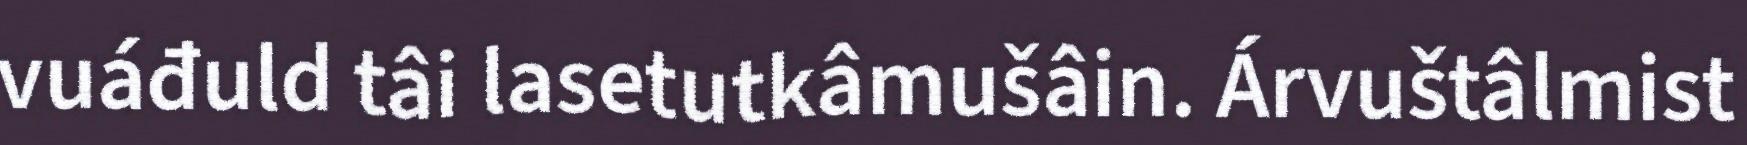
vuáđuld tâi lasetutkâmušâin. Árvuštâlmist